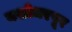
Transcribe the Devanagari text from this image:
यशोधरपूर